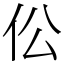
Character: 伀